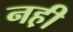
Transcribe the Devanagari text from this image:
नह़ी